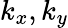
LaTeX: k_{x},k_{y}